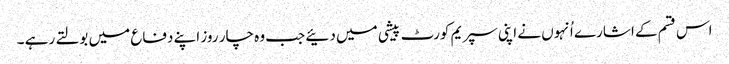
اس قسم کے اشارے اُنہوں نے اپنی سپریم کورٹ پیشی میں دئیے جب وہ چار روز اپنے دفاع میں بولتے رہے ۔